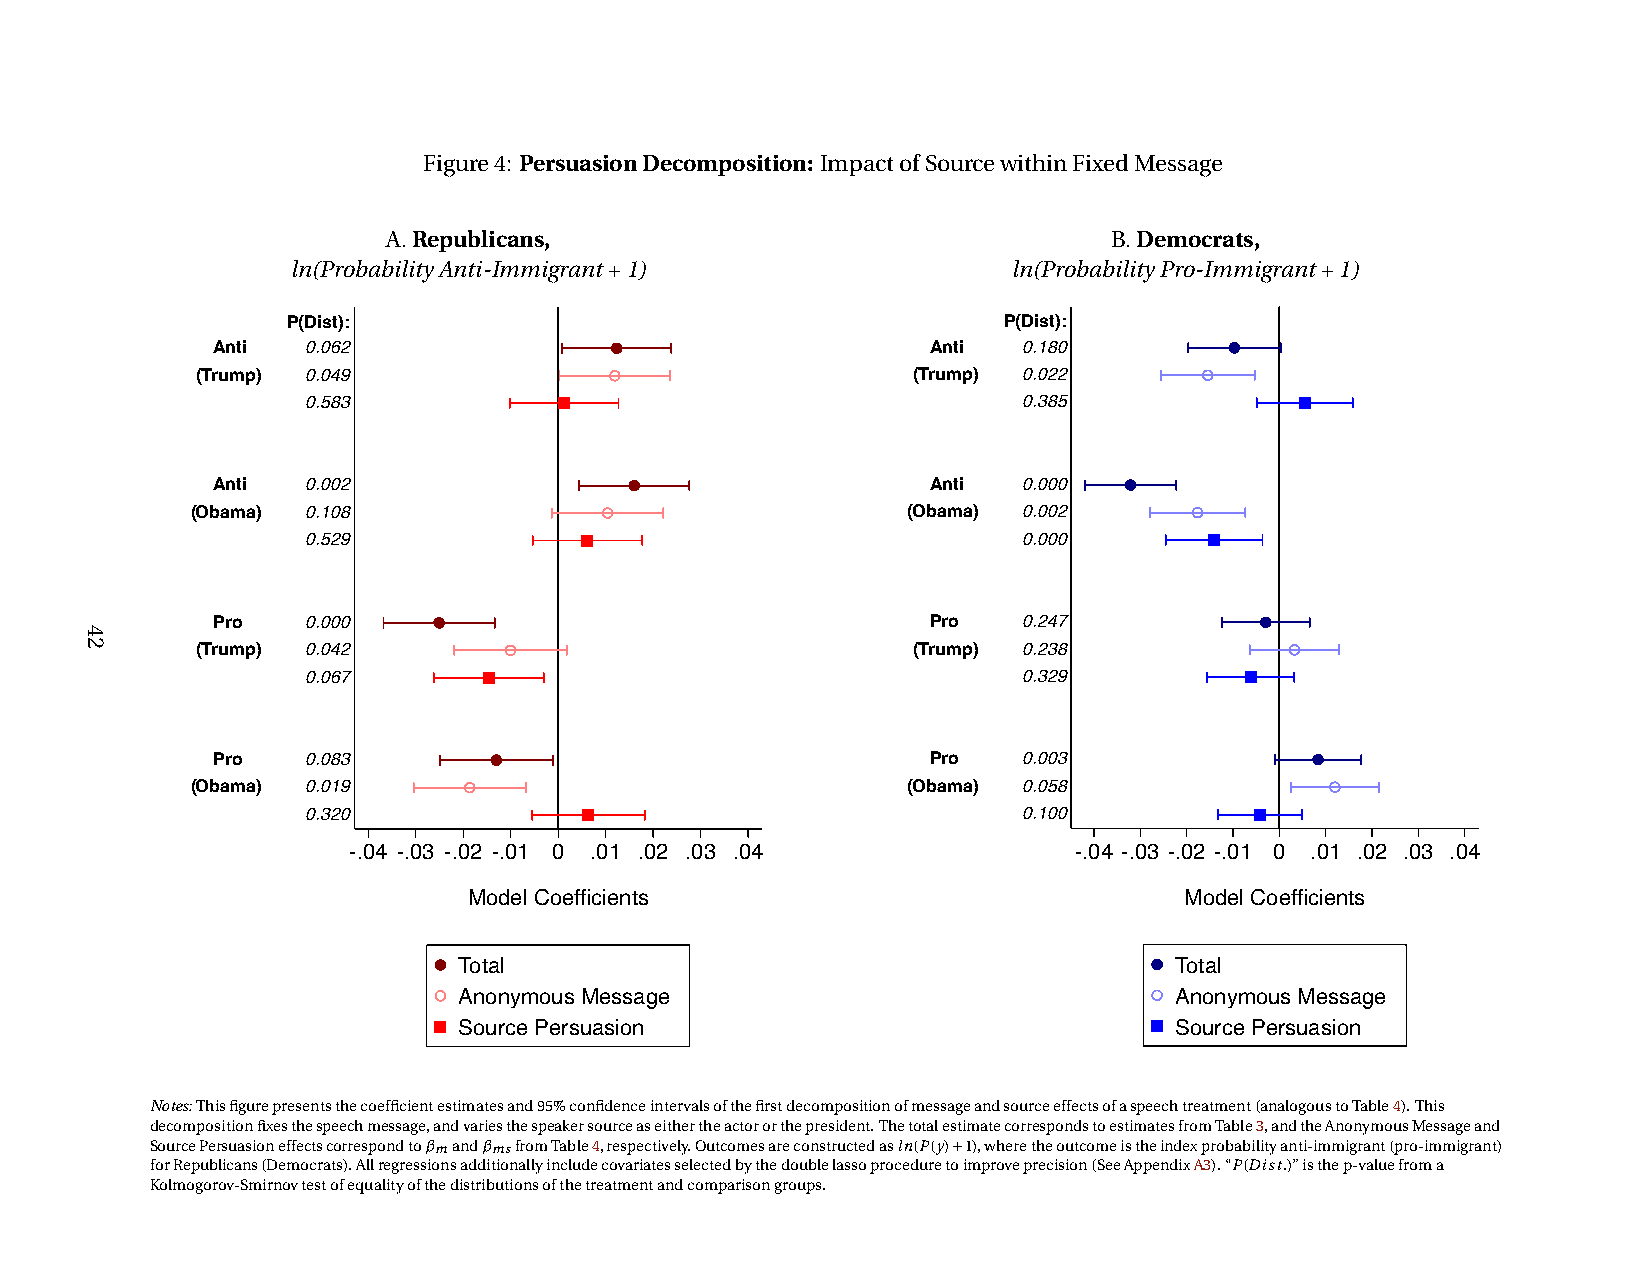
Figure4: PersuasionDecomposition: ImpactofSourcewithinFixedMessage
 A.Republicans,                                  B.Democrats,
 ln(ProbabilityAnti-Immigrant+1)                 ln(ProbabilityPro-Immigrant+1)
 P(Dist):                                       P(Dist):
 Anti  0.062                                     Anti  0.180
 (Trump) 0.049                                  (Trump) 0.022
 0.583                                           0.385
 Anti  0.002                                     Anti  0.000
 (Obama) 0.108                                  (Obama) 0.002
 0.529                                           0.000
 Pro   0.000                                     Pro   0.247
 (Trump) 0.042                                  (Trump) 0.238
 0.067                                           0.329
 Pro   0.083                                     Pro   0.003
 (Obama) 0.019                                  (Obama) 0.058
 0.320                                           0.100
 -.04 -.03 -.02 -.01 0 .01 .02 .03 .04           -.04 -.03 -.02 -.01 0 .01 .02 .03 .04
 Model Coefficients                             Model Coefficients
 Total                                           Total
 Anonymous Message                               Anonymous Message
 Source Persuasion                               Source Persuasion
 Notes:Thisfigurepresentsthecoefficientestimatesand95%confidenceintervalsofthefirstdecompositionofmessageandsourceeffectsofaspeechtreatment(analogoustoTable4).This
 decompositionfixesthespeechmessage,andvariesthespeakersourceaseithertheactororthepresident.ThetotalestimatecorrespondstoestimatesfromTable3,andtheAnonymousMessageand
 SourcePersuasioneffectscorrespondtoβ mandβ msfromTable4,respectively.Outcomesareconstructedasln(P(y)+1),wheretheoutcomeistheindexprobabilityanti-immigrant(pro-immigrant)
 forRepublicans(Democrats).Allregressionsadditionallyincludecovariatesselectedbythedoublelassoproceduretoimproveprecision(SeeAppendixA3).“P(Dist.)”isthep-valuefroma
 Kolmogorov-Smirnovtestofequalityofthedistributionsofthetreatmentandcomparisongroups.
 42